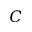
C